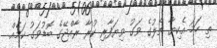
ތި ހަމަ އެކިޔާ ތެލުގެ ވަގު ވިޔަފާރި ކުރާ ރާއްޖޭގެ ބޮޑުވަގު ކަމެއް.